Annual administration and progress report of the Indian Medical Department, Bombay
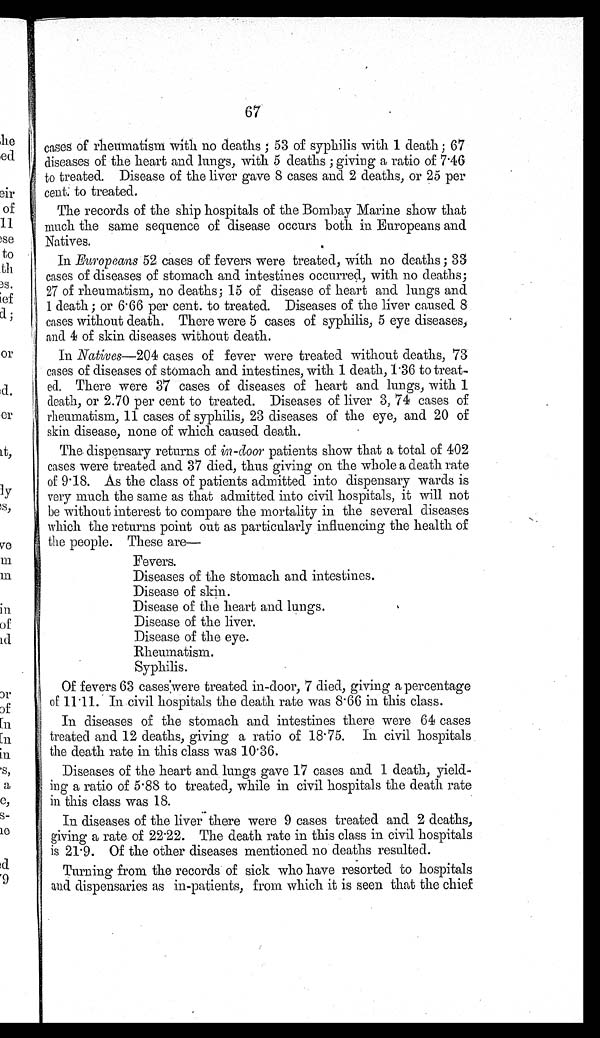
67
cases of rheumatism with no deaths; 53 of syphilis with 1 death; 67
diseases of the heart and lungs, with 5 deaths; giving a ratio of 7.46
to treated. Disease of the liver gave 8 cases and 2 deaths, or 25 per
cent. to treated.
The records of the ship hospitals of the Bombay Marine show that
much the same sequence of disease occurs both in Europeans and
Natives.
In Europeans 52 cases of fevers were treated, with no deaths; 33
cases of diseases of stomach and intestines occurred, with no deaths;
27 of rheumatism, no deaths; 15 of disease of heart and lungs and
1 death; or 6.66 per cent. to treated. Diseases of the liver caused 8
cases without death. There were 5 cases of syphilis, 5 eye diseases,
and 4 of skin diseases without death.
In Natives—204 cases of fever were treated without deaths, 73
cases of diseases of stomach and intestines, with 1 death, 1.36 to treat-
ed. There were 37 cases of diseases of heart and lungs, with 1
death, or 2.70 per cent to treated. Diseases of liver 3,74 cases of
rheumatism, 11 cases of syphilis, 23 diseases of the eye, and 20 of
skin disease, none of which caused death.
The dispensary returns of in-door patients show that a total of 402
cases were treated and 37 died, thus giving on the whole a death rate
of 9.18. As the class of patients admitted into dispensary wards is
very much the same as that admitted into civil hospitals, it will not
be without interest to compare the mortality in the several diseases
which the returns point out as particularly influencing the health of
the people. These are—
Fevers.
Diseases of the stomach and intestines.
Disease of skin.
Disease of the heart and lungs.
Disease of the liver.
Disease of the eye.
Rheumatism.
Syphilis.
Of fevers 63 cases were treated in-door, 7 died, giving a percentage
of 11.11. In civil hospitals the death rate was 8.66 in this class.
In diseases of the stomach and intestines there were 64 cases
treated and 12 deaths, giving a ratio of 18.75. In civil hospitals
the death rate in this class was 10.36.
Diseases of the heart and lungs gave 17 cases and 1 death, yield-
ing a ratio of 5.88 to treated, while in civil hospitals the death rate
in this class was 18.
In diseases of the liver there were 9 cases treated and 2 deaths,
giving a rate of 22.22. The death rate in this class in civil hospitals
is 21.9. Of the other diseases mentioned no deaths resulted.
Turning from the records of sick who have resorted to hospitals
and dispensaries as in-patients, from which it is seen that the chief